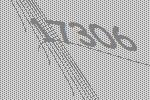
17306